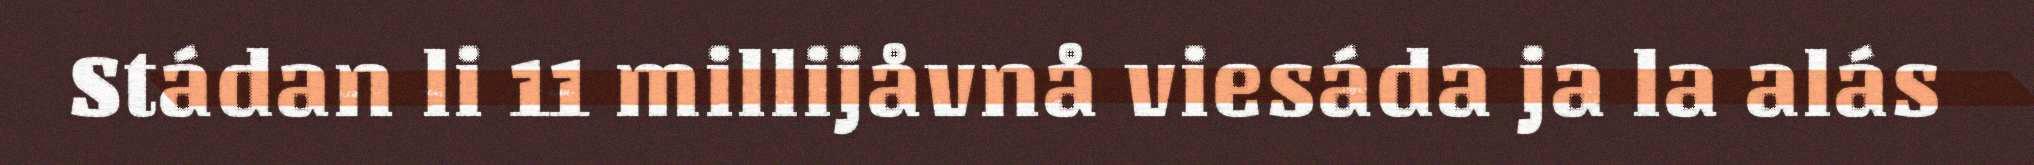
Stádan li 11 millijåvnå viesáda ja la alás